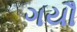
ગયૌ